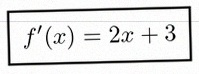
f'(x)=2x+3